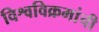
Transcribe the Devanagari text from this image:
विश्वविक्रमांची